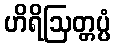
ဟိရိဩတ္တပ္ပံ